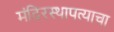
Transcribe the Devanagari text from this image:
मंदिरस्थापत्याचा